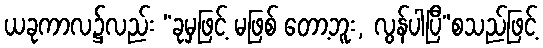
ယခုကာလ၌လည်း “ခုမှဖြင့် မဖြစ် တော့ဘူး, လွန်ပါပြီ”စသည်ဖြင့်